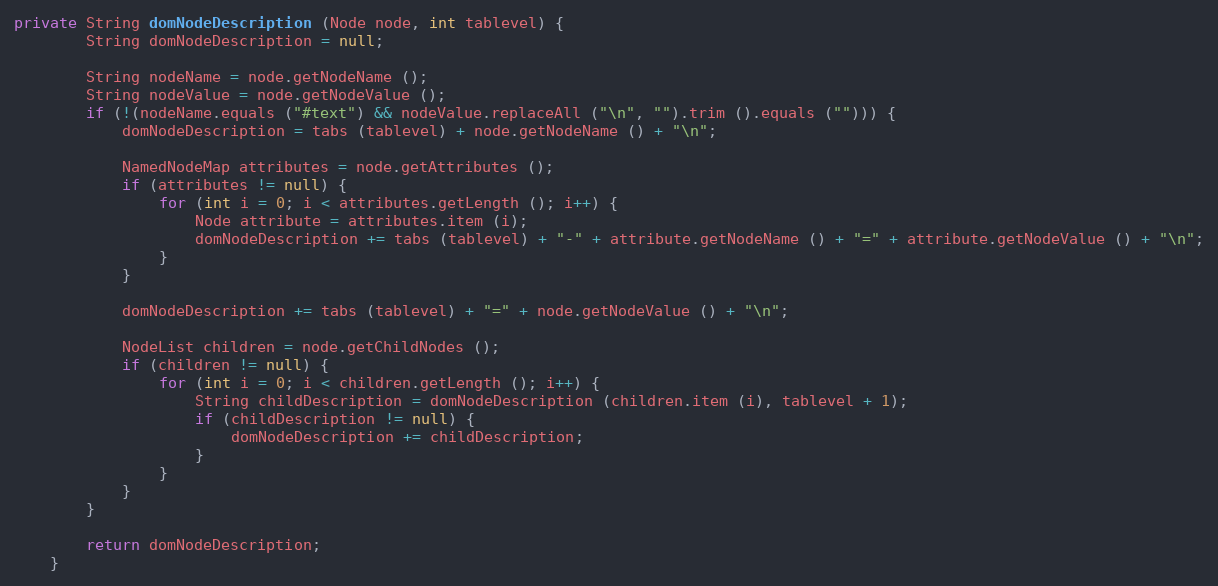
Language: Java
private String domNodeDescription (Node node, int tablevel) {
		String domNodeDescription = null;

		String nodeName = node.getNodeName ();
		String nodeValue = node.getNodeValue ();
		if (!(nodeName.equals ("#text") && nodeValue.replaceAll ("\n", "").trim ().equals (""))) {
			domNodeDescription = tabs (tablevel) + node.getNodeName () + "\n";

			NamedNodeMap attributes = node.getAttributes ();
			if (attributes != null) {
				for (int i = 0; i < attributes.getLength (); i++) {
					Node attribute = attributes.item (i);
					domNodeDescription += tabs (tablevel) + "-" + attribute.getNodeName () + "=" + attribute.getNodeValue () + "\n";
				}
			}

			domNodeDescription += tabs (tablevel) + "=" + node.getNodeValue () + "\n";

			NodeList children = node.getChildNodes ();
			if (children != null) {
				for (int i = 0; i < children.getLength (); i++) {
					String childDescription = domNodeDescription (children.item (i), tablevel + 1);
					if (childDescription != null) {
						domNodeDescription += childDescription;
					}
				}
			}
		}

		return domNodeDescription;
	}